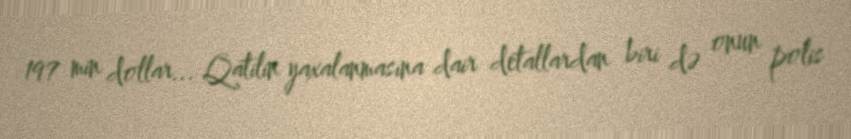
197 min dollar... Qatilin yaxalanmasına dair detallardan biri də onun polis